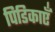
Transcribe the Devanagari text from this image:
पिडिकाएँ